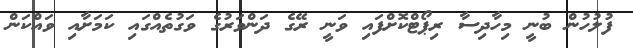
ފުލުހުން ބުނީ މިހާދިސާ ރިޕޯޓްކޮށްފައި ވަނީ ރޭގެ ދަންވަރުގެ ވަގުތެއްގައި ކަމަށާއި ވައްކަން